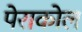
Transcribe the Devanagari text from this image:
पेराकोल